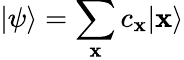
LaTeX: |\psi\rangle=\sum_{\mathbf{x}}c_{\mathbf{x}}|\mathbf{x}\rangle